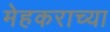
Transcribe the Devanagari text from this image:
मेहकराच्या